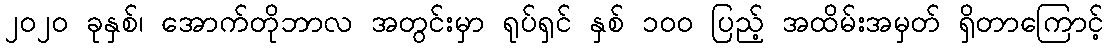
၂၀၂၀ ခုနှစ်၊ အောက်တိုဘာလ အတွင်းမှာ ရုပ်ရှင် နှစ် ၁၀၀ ပြည့် အထိမ်းအမှတ် ရှိတာကြောင့်